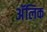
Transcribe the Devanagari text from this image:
अॅलिक